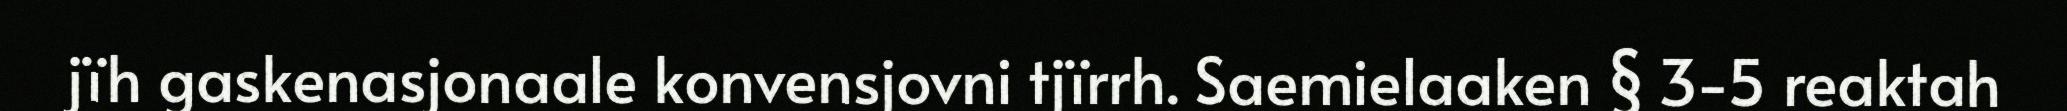
jïh gaskenasjonaale konvensjovni tjïrrh. Saemielaaken § 3-5 reaktah